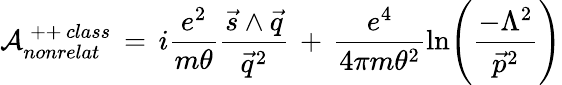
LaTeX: {\cal{A}}_{nonrelat}^{\, ++\, class}\, =\, i\frac{e^{2}}{m\theta}\frac{\vec{s}\wedge\vec{q}}{\vec{q}^{2}}\, +\, \frac{e^{4}}{4\pi m\theta^{2}}\ln\Biggl(\frac{-\Lambda^{2}}{\vec{p}^{2}}\Biggr)